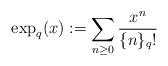
LaTeX: \begin{align*}{\exp}_q(x):= \sum_{n\ge 0} \frac{x^n}{\{n\}_q!}\end{align*}